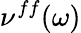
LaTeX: \nu^{ff}(\omega)